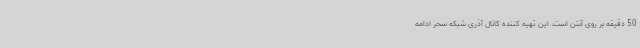
50 دقیقه بر روی آنتن است. این تهیه کننده کانال آذری شبکه سحر ادامه